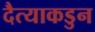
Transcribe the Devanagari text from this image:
दैत्याकडुन